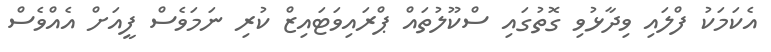
އެކަމަކު ފްލައި ވިދާޅުވި ގޮތުގައި ސްކޫލުތައް ޕްރައިވަޓައިޒް ކުރި ނަމަވެސް ފީއަށް އެއްވެސް